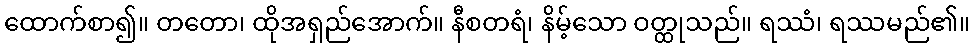
ထောက်စာ၍။ တတော၊ ထိုအရှည်အောက်။ နီစတရံ၊ နိမ့်သော ဝတ္ထုသည်။ ရဿံ၊ ရဿမည်၏။